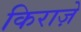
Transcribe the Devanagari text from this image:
किराज़े